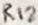
Text: R12